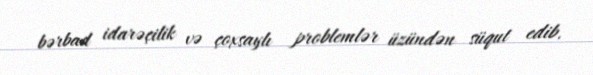
bərbad idarəçilik və çoxsaylı problemlər üzündən süqut edib.